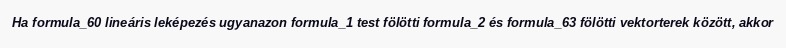
Ha formula_60 lineáris leképezés ugyanazon formula_1 test fölötti formula_2 és formula_63 fölötti vektorterek között, akkor